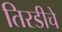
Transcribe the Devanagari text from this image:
तिरडीचे